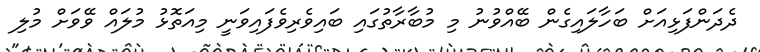
ދެދަންފަޅިއަށް ބަހާލައިގެން ބޭއްވުނު މި މުބާރާތުގައި ބައިވެރިވެފައިވަނީ މިއަތޮޅު މުލައް ވޭވަށް މުލި